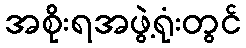
အစိုးရအဖွဲ့ရုံးတွင်